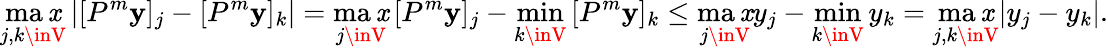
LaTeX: \operatorname*{ma\mathit{x}}_{j,k\inV}\left|[P^{m}\mathbf{{y}}]_{j}-[P^{m}\mathbf{{y}}]_{k}\right|=\operatorname*{ma\mathit{x}}_{j\inV}\, [P^{m}\mathbf{{y}}]_{j}-\operatorname*{min}_{k\inV}\, [P^{m}\mathbf{{y}}]_{k}\leq\operatorname*{ma\mathit{x}}_{j\inV}y_{j}-\operatorname*{min}_{k\inV}y_{k}=\operatorname*{ma\mathit{x}}_{j,k\inV}|y_{j}-y_{k}|.